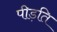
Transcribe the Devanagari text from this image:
पीड़ति